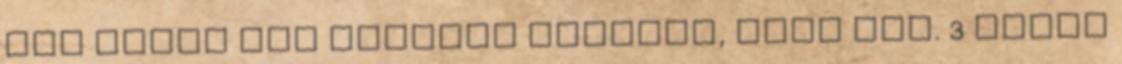
már pláne nem korrekt azokkal, akik min. 3 évest